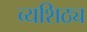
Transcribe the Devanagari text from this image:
व्यशिठ्य